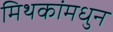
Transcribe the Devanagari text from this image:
मिथकांमधुन